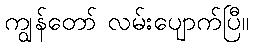
ကျွန်တော် လမ်းပျောက်ပြီ။